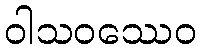
ဝါသဝဿေဝ